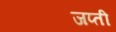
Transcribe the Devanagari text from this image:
जप्‍ती